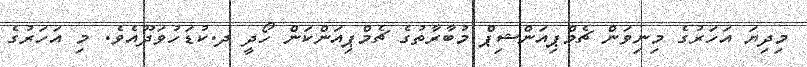
މިދިޔަ އަހަރުގެ މިނިވަން ޗެމްޕިއަންޝިޕް މުބާރާތުގެ ޗެމްޕިއަންކަން ހޯދީ ދ.ކުޑަހުވަދޫއެވެ. މި އަހަރުގެ